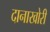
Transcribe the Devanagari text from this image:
दानाखोरी